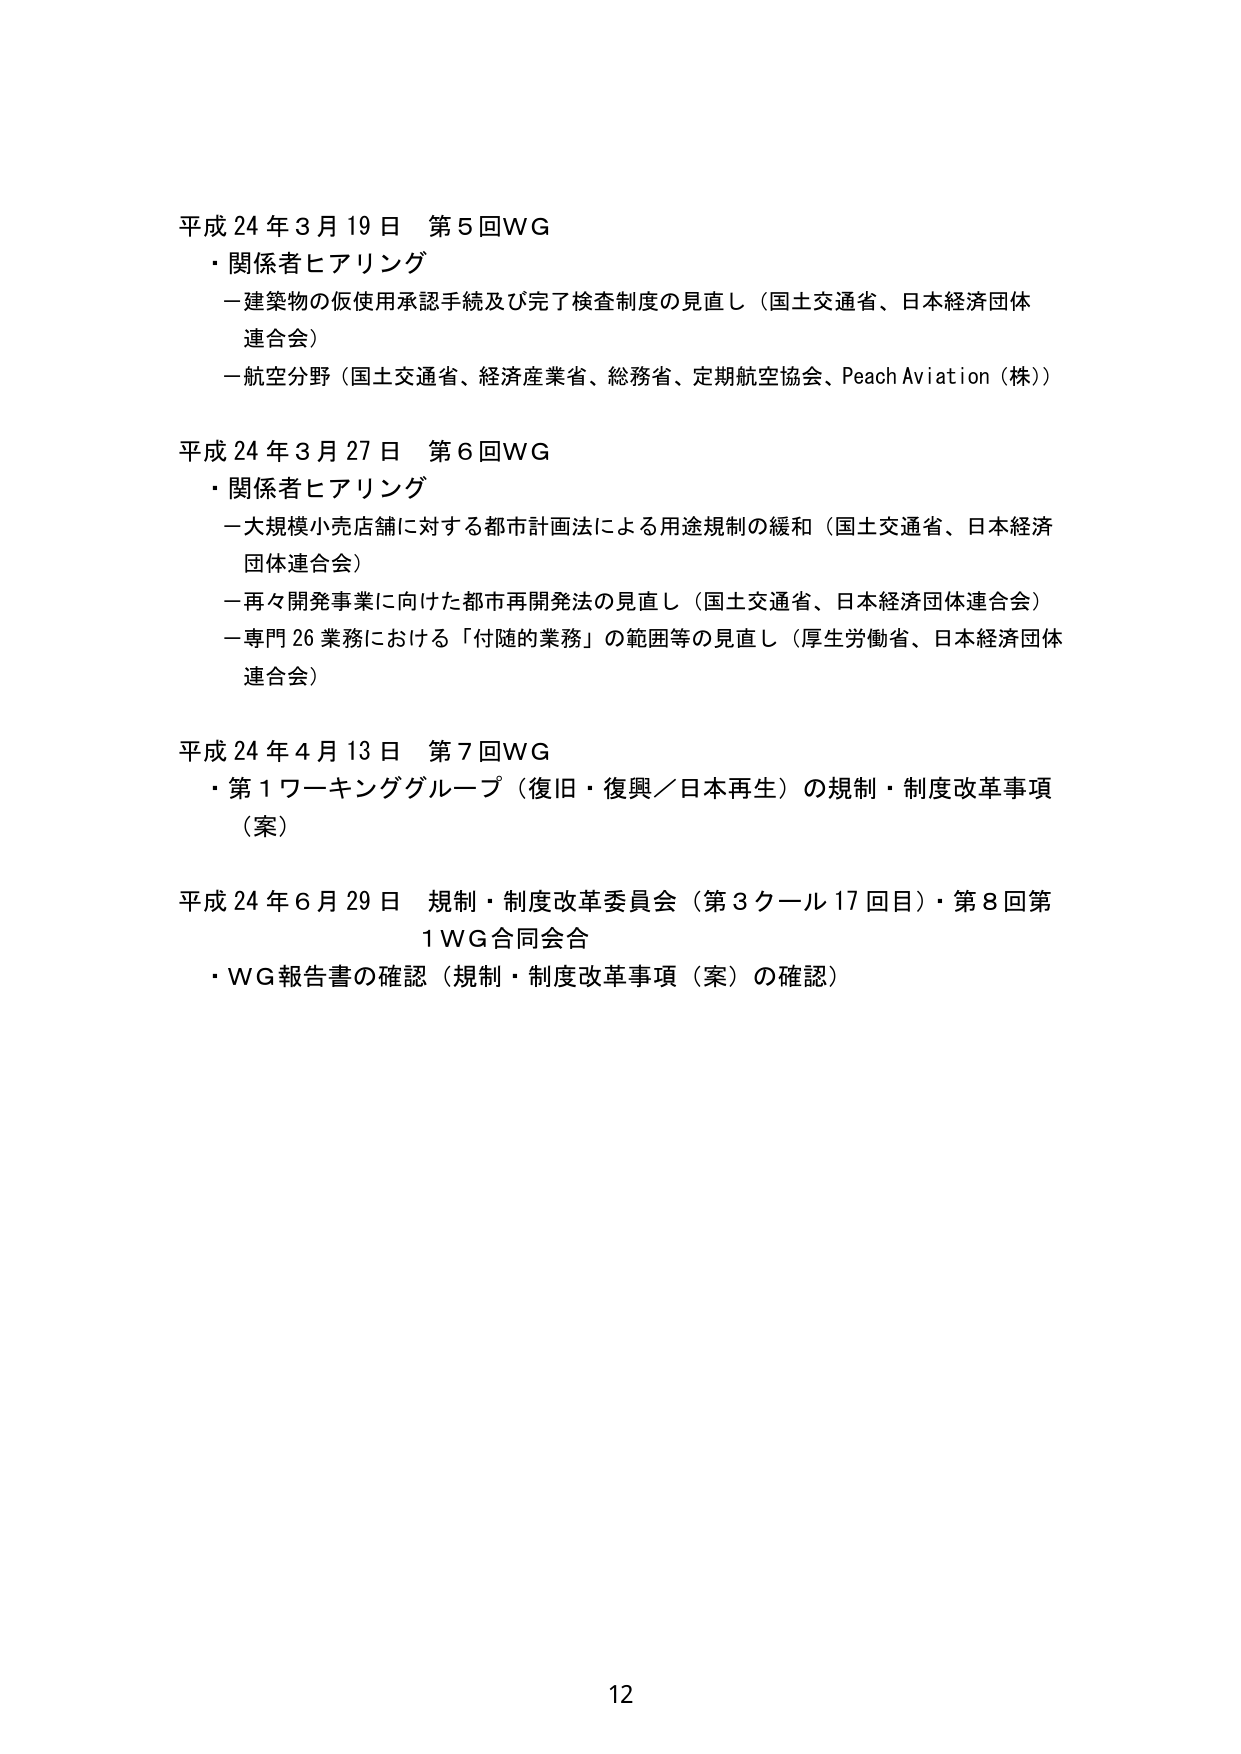
平成24年3月19日 第5回WG
・関係者ヒアリング
－建築物の仮使用承認手続及び完了検査制度の見直し（国土交通省、日本経済団体連合会）
－航空分野（国土交通省、経済産業省、総務省、定期航空協会、Peach Aviation（株））

平成24年3月27日 第6回WG
・関係者ヒアリング
－大規模小売店舗に対する都市計画法による用途規制の緩和（国土交通省、日本経済団体連合会）
－再々開発事業に向けた都市再開発法の見直し（国土交通省、日本経済団体連合会）
－専門26業務における「付随的業務」の範囲等の見直し（厚生労働省、日本経済団体連合会）

平成24年4月13日 第7回WG
・第1ワーキンググループ（復旧・復興／日本再生）の規制・制度改革事項（案）

平成24年6月29日 規制・制度改革委員会（第3クール17回目）・第8回第1WG合同会合
・WG報告書の確認（規制・制度改革事項（案）の確認）

12